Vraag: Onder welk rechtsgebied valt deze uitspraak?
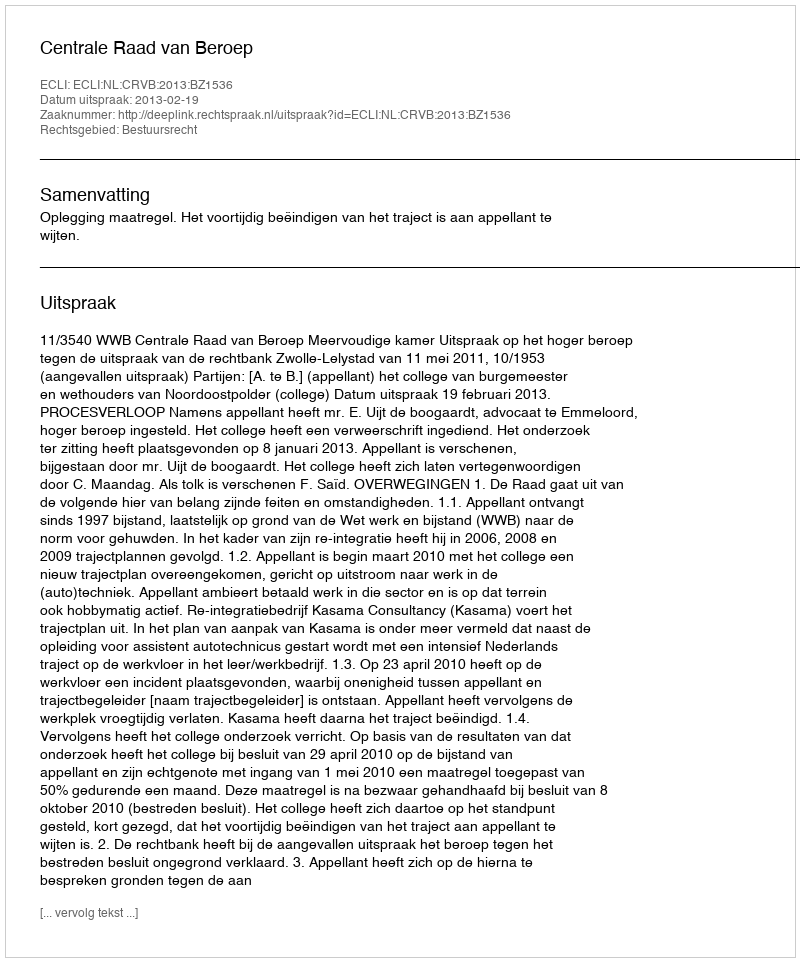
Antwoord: Bestuursrecht